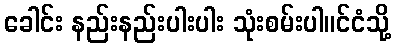
ခေါင်း နည်းနည်းပါးပါး သုံးစမ်းပါ။င်ငံသို့